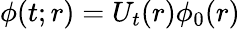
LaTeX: \phi(t;r)=U_{t}(r)\phi_{0}(r)